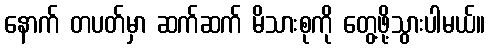
နောက် တပတ်မှာ ဆက်ဆက် မိသားစုကို တွေ့ဖို့သွားပါမယ်။